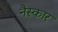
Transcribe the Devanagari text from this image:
नैस्कार